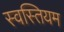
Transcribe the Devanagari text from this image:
स्वस्तियम